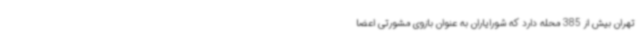
تهران بیش از 385 محله دارد که شورایاران به عنوان بازوی مشورتی اعضا